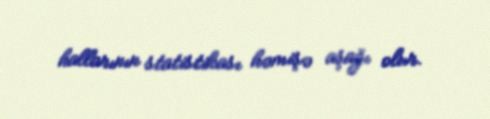
hallarının statistikası həmişə aşağı olur.